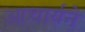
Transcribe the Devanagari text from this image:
आचार्यने